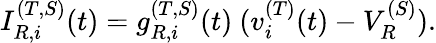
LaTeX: I_{R,i}^{(T,S)}(t)=g_{R,i}^{(T,S)}(t)~(v_{i}^{(T)}(t)-V_{R}^{(S)}).